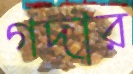
গদার